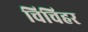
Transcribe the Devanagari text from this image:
चिचिहर